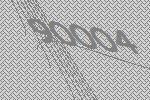
90004